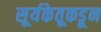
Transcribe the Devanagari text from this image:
सूर्यकेतूकडून